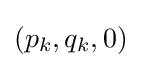
(p_{k},q_{k},0)